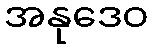
အနုဒေဝ